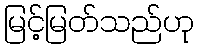
မြင့်မြတ်သည်ဟု